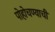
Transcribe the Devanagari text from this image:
पोहोचण्याची